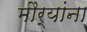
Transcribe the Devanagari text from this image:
मौर्यांना